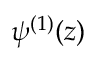
\psi ^ { ( 1 ) } ( z )